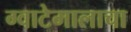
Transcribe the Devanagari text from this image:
ग्वाटेमालाचा